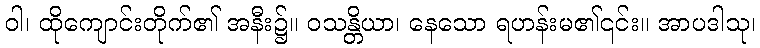
ဝါ၊ ထိုကျောင်းတိုက်၏ အနီး၌။ ဝသန္တိယာ၊ နေသော ရဟန်းမ၏၎င်း။ အာပဒါသု၊